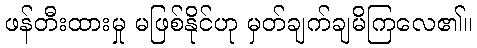
ဖန်တီးထားမှု မဖြစ်နိုင်ဟု မှတ်ချက်ချမိကြလေ၏။